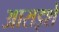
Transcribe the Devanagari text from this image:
आराइशे